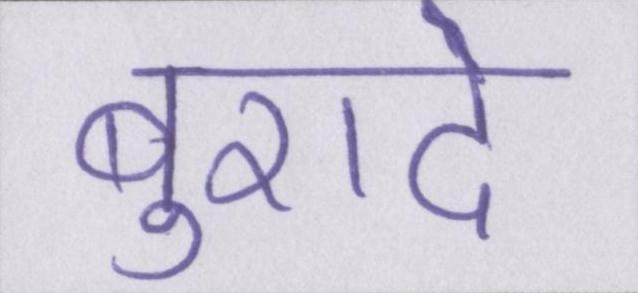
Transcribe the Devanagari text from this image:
बुरादे